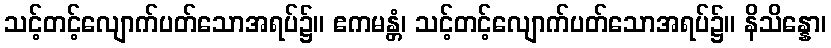
သင့်တင့်လျောက်ပတ်သောအရပ်၌။ ဧကမန္တံ၊ သင့်တင့်လျောက်ပတ်သောအရပ်၌။ နိသိန္နော၊